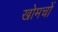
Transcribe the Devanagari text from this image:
खोमचों